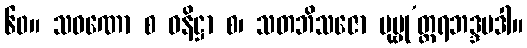
၆၀။ သဝဏော စ ဓနိဋ္ဌာ စ၊ သတဘိသဇော ပုဗ္ဗု’တ္တရဘဒ္ဒပဒါ။